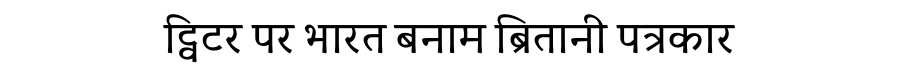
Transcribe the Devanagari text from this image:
ट्विटर पर भारत बनाम ब्रितानी पत्रकार